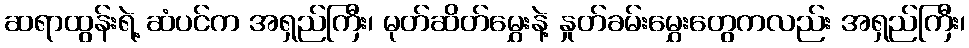
ဆရာထွန်းရဲ့ ဆံပင်က အရှည်ကြီး၊ မုတ်ဆိတ်မွှေးနဲ့ နှုတ်ခမ်းမွှေးတွေကလည်း အရှည်ကြီး၊